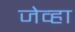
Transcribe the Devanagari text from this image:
जेव्‍हा